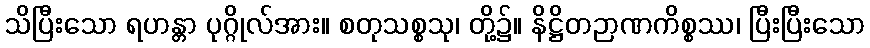
သိပြီးသော ရဟန္တာ ပုဂ္ဂိုလ်အား။ စတုသစ္စသု၊ တို့၌။ နိဋ္ဌိတဉာဏကိစ္စဿ၊ ပြီးပြီးသော